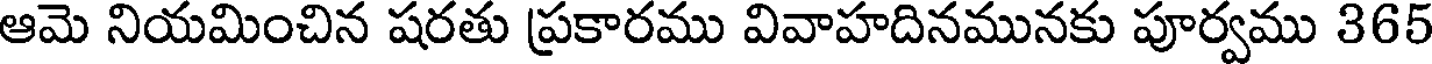
ఆమె నియమించిన షరతు ప్రకారము వివాహదినమునకు పూర్వము 365